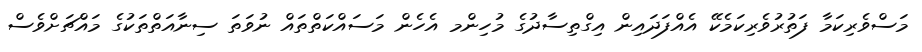
މަސްވެރިކަމާ ފަތުރުވެރިކަމެކޭ އެއްފަދައިން އިގްތިސާދުގެ މުހިންމ އެހެން މަސައްކަތްތައް ނުވަތަ ސިނާއަތްތަކުގެ މައްޗަށްވެސް